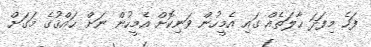
ފަހެ މިފަދަ ޙާލަތެއް ގައި އެމީހުން ވަނިކޮށް އެމީހުން ނަށް ޙައްޤުގެ މަގަށް